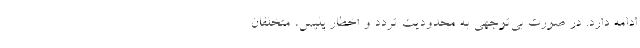
ادامه دارد. در صورت بی‌توجهی به محدودیت تردد و اخطار پلیس، متخلفان